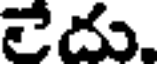
లేదు.